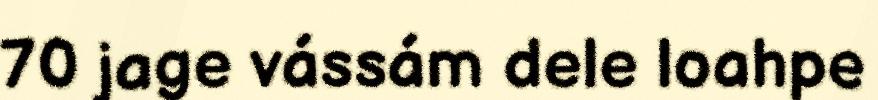
70 jage vássám dele loahpe